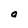
Character: 0